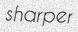
sharper